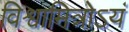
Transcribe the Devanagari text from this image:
विश्वामित्रोऽयं